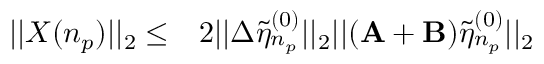
\begin{array} { r l } { | | X ( n _ { p } ) | | _ { 2 } \leq } & { { } 2 | | \Delta \tilde { \eta } _ { n _ { p } } ^ { ( 0 ) } | | _ { 2 } | | ( \mathbf { A } + \mathbf { B } ) \tilde { \eta } _ { n _ { p } } ^ { ( 0 ) } | | _ { 2 } } \end{array}